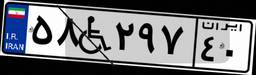
۵۸W۲۹۷۴۰